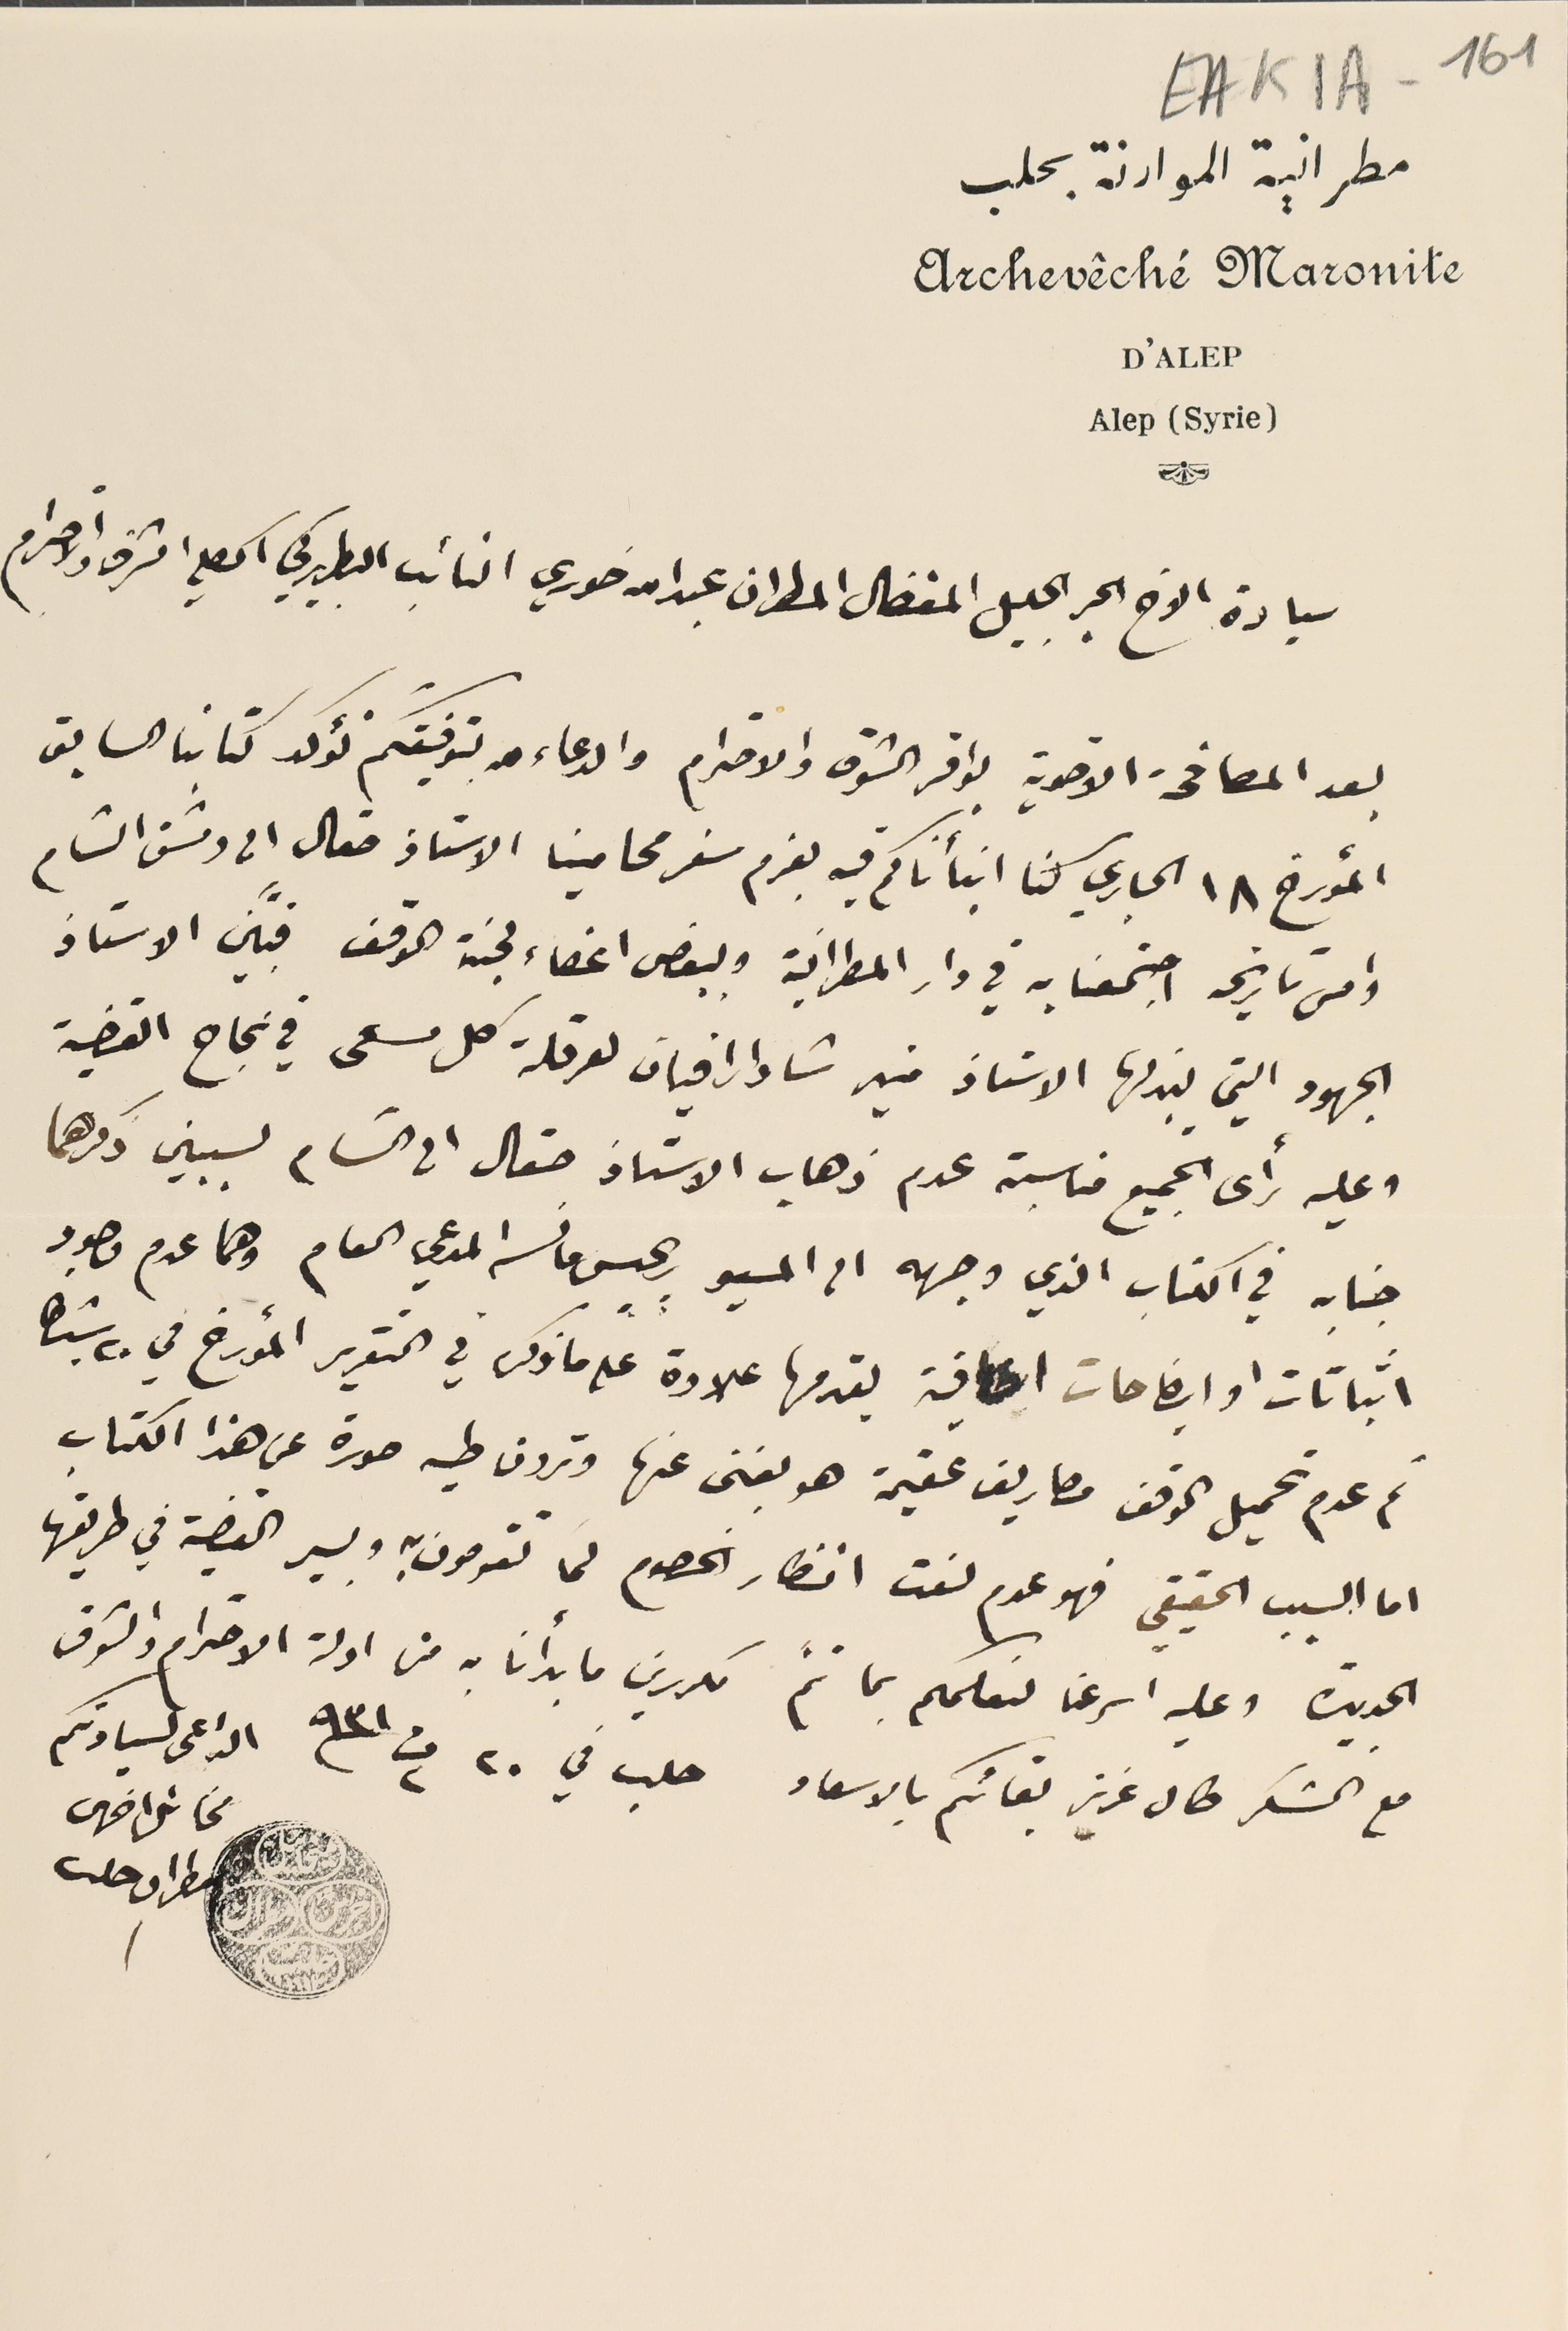
EAK1A - 161
مطرانية الموارنة بحلب
Archevêché Maronite
D'ALEP
Alep (Syrie)
 سيادة الاخ الحبر الجليل المفضال المطران عبدالله خوري النائب البطريركي الكلي الشرف والاحترام
بعد المصافحة الاخوية بوافر الشوق والاحترام والدعاء بتوفيقكم نؤكد كتابنا السابق
 المؤرخ ١٨ الجاري كنا انبأناكم فيه بعزم سفر محامينا الاستاذ صقال الى دمشق الشام
وامس تاريخه اجتمعنا به في دار المطرانية وببعض اعضاء لجنة الوقف فبيَّن الاستاذ
الجهود التي يبذلها الاستاذ منير شادارافيان لعرقلة كل مسعى في نجاح القضية
وعليه رأى الجميع مناسبة عدم ذهاب الاستاذ صقال الى الشام لسببين ذكرهما
 جنابه في الكتاب الذي وجهه الى المسيو ريجيس مانسه المدعي العام وهما عدم وجود
 اثباتات او ايضاحات كافية يقدمها علاوة على ما ذكر في التقرير المؤرخ في ٢٠ شباط
ثم عدم تحميل الوقف مصاريف عقيمة هو بغنى عنها وترون طيه صورة عن هذا الكتاب
اما السبب الحقيقي فهو عدم لفت انظار الخصوم كما تقومون به وبسير القضية في طريقها
الجديدة وعليه اسرعنا لنعلمكم بما تمَ مكررين ما بدأنا به من ادلة الاحترام والشوق
 مخائل اخرس
 مع الشكر طال عزيز بقائكم بالاسعاد  حلب في ٢٠ ت٢ /٩٣١ الداعى لسيادتكم
مطران حلب